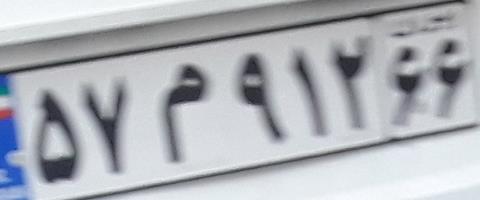
۵۷م۹۱۲۶۶